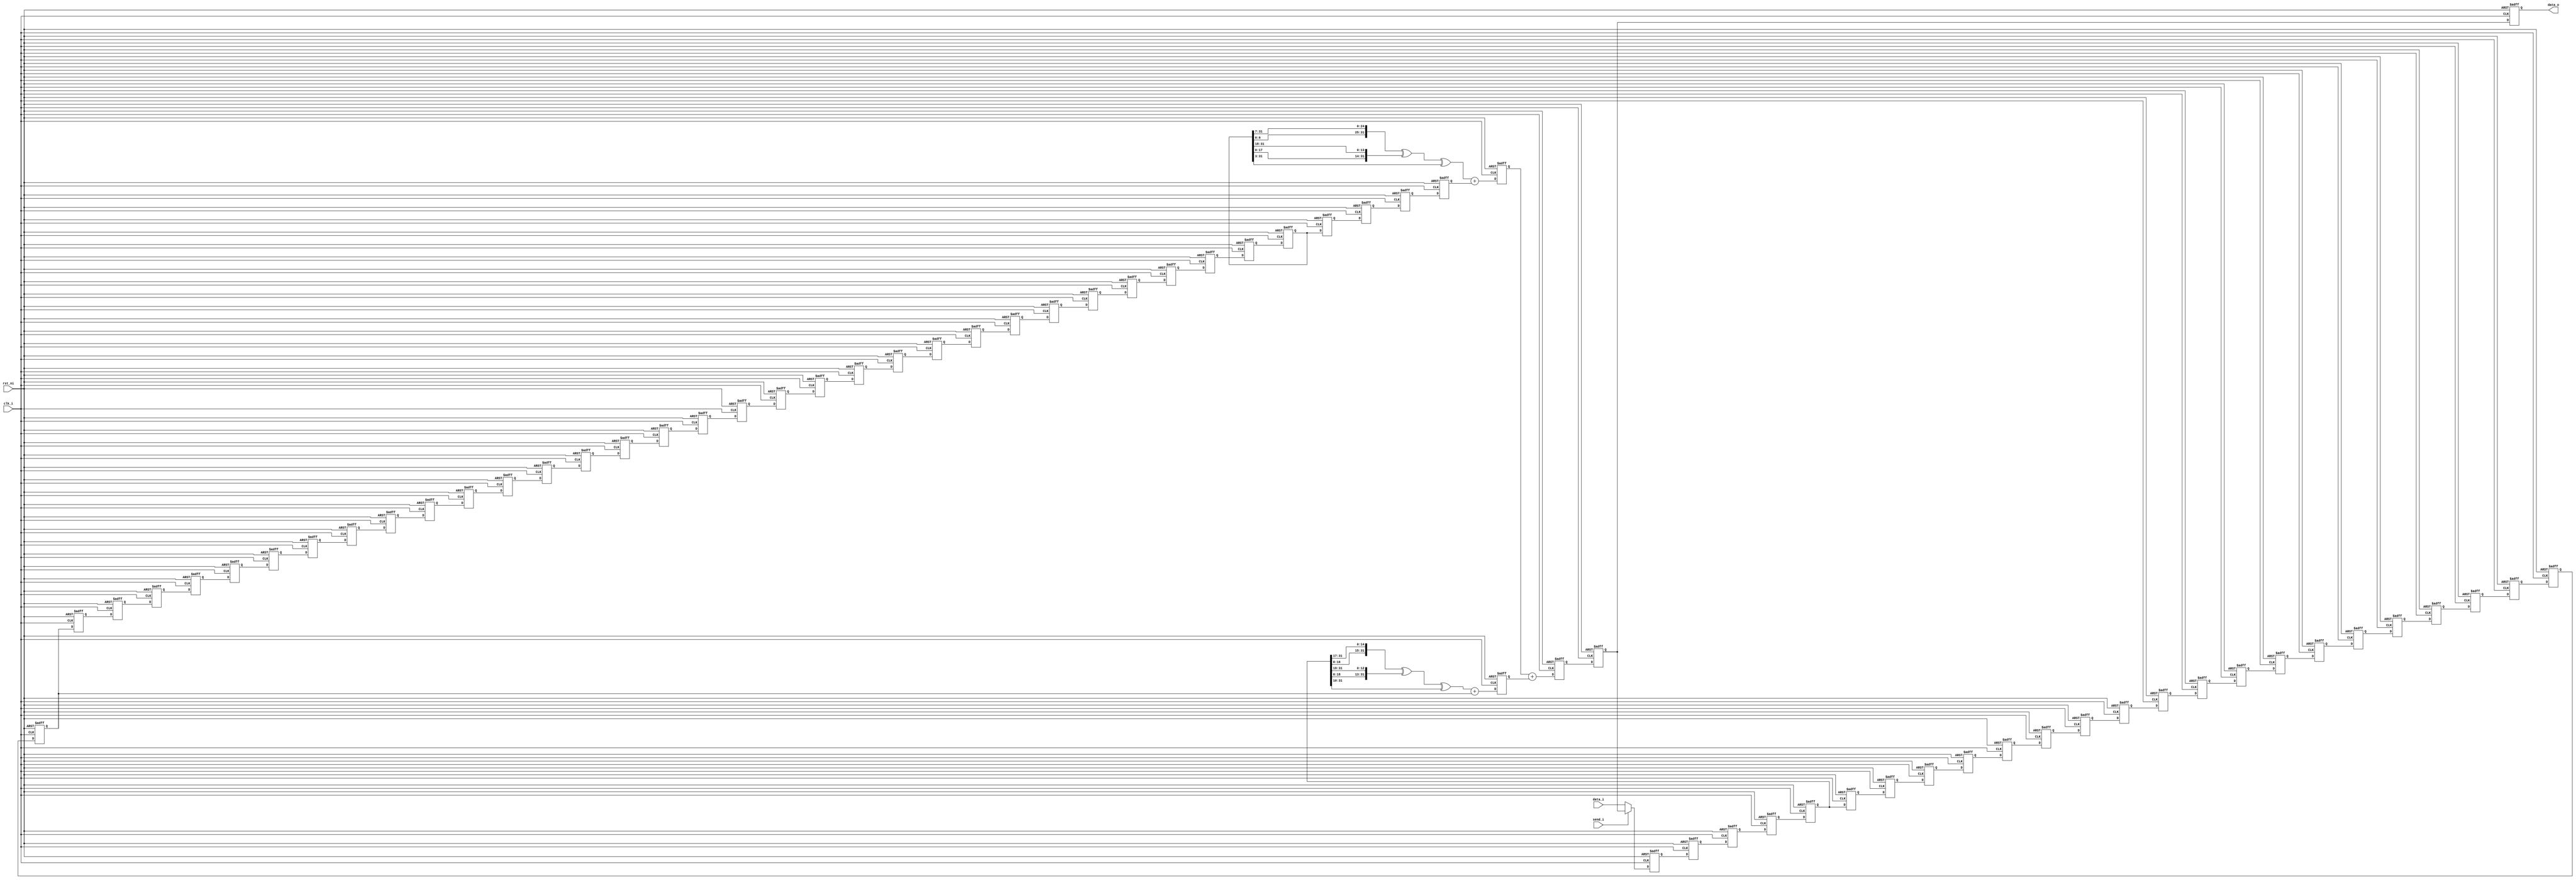
/*
 * Input w0 to w15 and produces w16 to w63
 * For w0 is input at 0'th cycle, w16 will be produced at 64'th cycle,
 * and w63 will come out at 252'th cycle 
 */
module expander(
    input clk_i,
    input rst_ni,
    input send_i,
    input [31:0] data_i,     // Input w
    output reg [31:0] data_o // Output w
);

reg [31:0] w1_0, w1_1, w1_2, w1_3, w2_0, w2_1, w2_2, w2_3;
reg [31:0] w3_0, w3_1, w3_2, w3_3, w4_0, w4_1, w4_2, w4_3;
reg [31:0] w5_0, w5_1, w5_2, w5_3, w6_0, w6_1, w6_2, w6_3;
reg [31:0] w7_0, w7_1, w7_2, w7_3, w8_0, w8_1, w8_2, w8_3;
reg [31:0] w9_0, w9_1, w9_2, w9_3, w10_0, w10_1, w10_2, w10_3;
reg [31:0] w11_0, w11_1, w11_2, w11_3, w12_0, w12_1, w12_2, w12_3;
reg [31:0] w13_0, w13_1, w13_2, w13_3, w14_0, w14_1, w14_2, w14_3;
reg [31:0] w15_0, w15_1, w15_2, w15_3, w16_0, w16_1, w16_2, w16_3;

// Stage 0
wire [31:0] w15_rr_7, w15_rr_18, w15_rs_3;
assign w15_rr_7 = {w15_0[6:0], w15_0[31:7]};
assign w15_rr_18 = {w15_0[17:0], w15_0[31:18]};
assign w15_rs_3 = {3'd0, w15_0[31:3]};

wire [31:0] w2_rr_17, w2_rr_19, w2_rs_10;
assign w2_rr_17 = {w2_0[16:0], w2_0[31:17]};
assign w2_rr_19 = {w2_0[18:0], w2_0[31:19]};
assign w2_rs_10 = {10'd0, w2_0[31:10]};

wire [31:0] s0_w;
wire [31:0] s1_w;
assign s0_w = w15_rr_7 ^ w15_rr_18 ^ w15_rs_3;
assign s1_w = w2_rr_17 ^ w2_rr_19 ^ w2_rs_10;

wire [31:0] s0_w16_w;
assign s0_w16_w = s0_w + w16_0;

wire [31:0] s1_w7_w;
assign s1_w7_w = s1_w + w7_0;
// Stage 1
reg [31:0] s0_w16 ,s1_w7;
reg [31:0] sum;
wire [31:0] sum_w;
assign sum_w = s0_w16 + s1_w7;
// Stage 2
reg [31:0] w_new;

always @(posedge clk_i or negedge rst_ni) begin
    if (~rst_ni) begin
        w1_0 <= 32'd0;
        w1_1 <= 32'd0;
        w1_2 <= 32'd0;
        w1_3 <= 32'd0;
        w2_0 <= 32'd0;
        w2_1 <= 32'd0;
        w2_2 <= 32'd0;
        w2_3 <= 32'd0;
        w3_0 <= 32'd0;
        w3_1 <= 32'd0;
        w3_2 <= 32'd0;
        w3_3 <= 32'd0;
        w4_0 <= 32'd0;
        w4_1 <= 32'd0;
        w4_2 <= 32'd0;
        w4_3 <= 32'd0;
        w5_0 <= 32'd0;
        w5_1 <= 32'd0;
        w5_2 <= 32'd0;
        w5_3 <= 32'd0;
        w6_0 <= 32'd0;
        w6_1 <= 32'd0;
        w6_2 <= 32'd0;
        w6_3 <= 32'd0;
        w7_0 <= 32'd0;
        w7_1 <= 32'd0;
        w7_2 <= 32'd0;
        w7_3 <= 32'd0;
        w8_0 <= 32'd0;
        w8_1 <= 32'd0;
        w8_2 <= 32'd0;
        w8_3 <= 32'd0;
        w9_0 <= 32'd0;
        w9_1 <= 32'd0;
        w9_2 <= 32'd0;
        w9_3 <= 32'd0;
        w10_0 <= 32'd0;
        w10_1 <= 32'd0;
        w10_2 <= 32'd0;
        w10_3 <= 32'd0;
        w11_0 <= 32'd0;
        w11_1 <= 32'd0;
        w11_2 <= 32'd0;
        w11_3 <= 32'd0;
        w12_0 <= 32'd0;
        w12_1 <= 32'd0;
        w12_2 <= 32'd0;
        w12_3 <= 32'd0;
        w13_0 <= 32'd0;
        w13_1 <= 32'd0;
        w13_2 <= 32'd0;
        w13_3 <= 32'd0;
        w14_0 <= 32'd0;
        w14_1 <= 32'd0;
        w14_2 <= 32'd0;
        w14_3 <= 32'd0;
        w15_0 <= 32'd0;
        w15_1 <= 32'd0;
        w15_2 <= 32'd0;
        w15_3 <= 32'd0;
        w16_0 <= 32'd0;
        w16_1 <= 32'd0;
        w16_2 <= 32'd0;
        w16_3 <= 32'd0;
        s0_w16 <= 32'd0;
        s1_w7 <= 32'd0;
        sum <= 32'd0;
        w_new <= 32'd0;
        data_o <= 32'd0;
    end else begin
        // Get data from FIFO
        if (send_i) begin
            w1_0 <= w_new;
        // Get data from BRAM
        end else begin
            w1_0 <= data_i;
        end
        // Calculations
        // Stage 0
        s0_w16 <= s0_w16_w;
        s1_w7 <= s1_w7_w;
        // Stage 1
        sum <= sum_w;
        // Stage 2
        w_new <= sum;
        // Stage 3
        data_o <= w_new; // Output data

        // FIFOs
        w1_1 <= w1_0;
        w1_2 <= w1_1;
        w1_3 <= w1_2;
        w2_0 <= w1_3;
        w2_1 <= w2_0;
        w2_2 <= w2_1;
        w2_3 <= w2_2;
        w3_0 <= w2_3;
        w3_1 <= w3_0;
        w3_2 <= w3_1;
        w3_3 <= w3_2;
        w4_0 <= w3_3;
        w4_1 <= w4_0;
        w4_2 <= w4_1;
        w4_3 <= w4_2;
        w5_0 <= w4_3;
        w5_1 <= w5_0;
        w5_2 <= w5_1;
        w5_3 <= w5_2;
        w6_0 <= w5_3;
        w6_1 <= w6_0;
        w6_2 <= w6_1;
        w6_3 <= w6_2;
        w7_0 <= w6_3;
        w7_1 <= w7_0;
        w7_2 <= w7_1;
        w7_3 <= w7_2;
        w8_0 <= w7_3;
        w8_1 <= w8_0;
        w8_2 <= w8_1;
        w8_3 <= w8_2;
        w9_0 <= w8_3;
        w9_1 <= w9_0;
        w9_2 <= w9_1;
        w9_3 <= w9_2;
        w10_0 <= w9_3;
        w10_1 <= w10_0;
        w10_2 <= w10_1;
        w10_3 <= w10_2;
        w11_0 <= w10_3;
        w11_1 <= w11_0;
        w11_2 <= w11_1;
        w11_3 <= w11_2;
        w12_0 <= w11_3;
        w12_1 <= w12_0;
        w12_2 <= w12_1;
        w12_3 <= w12_2;
        w13_0 <= w12_3;
        w13_1 <= w13_0;
        w13_2 <= w13_1;
        w13_3 <= w13_2;
        w14_0 <= w13_3;
        w14_1 <= w14_0;
        w14_2 <= w14_1;
        w14_3 <= w14_2;
        w15_0 <= w14_3;
        w15_1 <= w15_0;
        w15_2 <= w15_1;
        w15_3 <= w15_2;
        w16_0 <= w15_3;
        w16_1 <= w16_0;
        w16_2 <= w16_1;
        w16_3 <= w16_2;
    end
end

endmodule